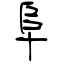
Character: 阜